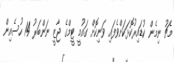
މެޗު ނިމެން ކުޑައިރުކޮޅަކަށްވެފައި ވަނިކޮށް ގައުމީ ޓީމްގެ ޖާޒީ ނަންބަރު 14 ހުސެއިން